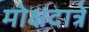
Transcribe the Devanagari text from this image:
मोक्षदात्रे